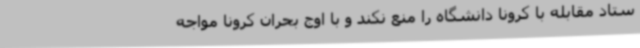
ستاد مقابله با کرونا دانشگاه را منع نکند و با اوج بحران کرونا مواجه